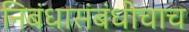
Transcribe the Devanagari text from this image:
निबंधासंबंधीचाच